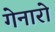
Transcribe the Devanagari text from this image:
गेनारो